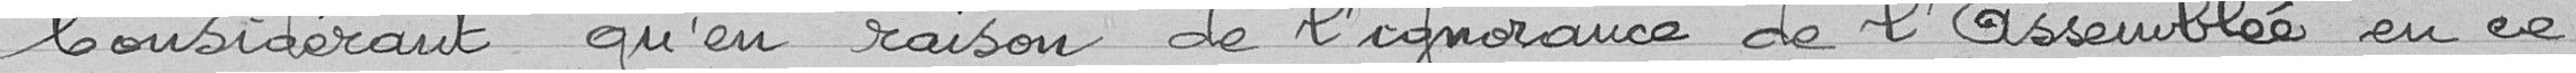
Considérant qu'en raison de l'ignorance de l'Assemblée en ce